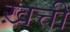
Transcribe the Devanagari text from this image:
ख़त्ती